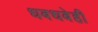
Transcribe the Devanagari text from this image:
धबधबेही